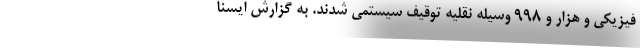
فیزیکی و هزار و ۹۹۸ وسیله نقلیه توقیف سیستمی شدند. به گزارش ایسنا